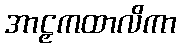
အာဠှကထာလိကာ